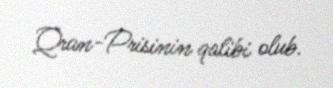
Qran-Prisinin qalibi olub.